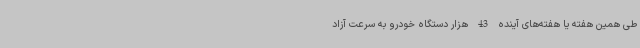
طی همین هفته یا هفته‌های آینده 43 هزار دستگاه خودرو به سرعت آزاد